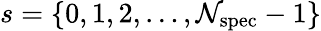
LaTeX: s=\{ 0,1,2,\ldots,\mathcal{N}_{\mathrm{{spec}}}-1\}